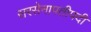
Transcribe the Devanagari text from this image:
सरसेनापतीपदी